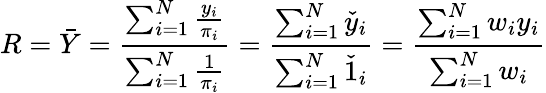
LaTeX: R={\bar{Y}}={\frac{\sum_{i=1}^{N}{\frac{y_{i}}{\pi_{i}}}}{\sum_{i=1}^{N}{\frac{1}{\pi_{i}}}}}={\frac{\sum_{i=1}^{N}{\check{y}}_{i}}{\sum_{i=1}^{N}{\check{1}}_{i}}}={\frac{\sum_{i=1}^{N}w_{i}y_{i}}{\sum_{i=1}^{N}w_{i}}}